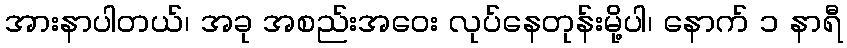
အားနာပါတယ်၊ အခု အစည်းအဝေး လုပ်နေတုန်းမို့ပါ၊ နောက် ၁ နာရီ